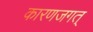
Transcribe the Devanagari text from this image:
कारणजगत्